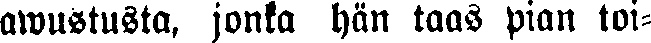
awustusta, jonka hän taas pian toi-